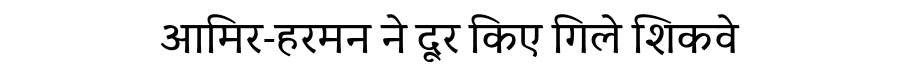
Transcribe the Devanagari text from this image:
आमिर-हरमन ने दूर किए गिले शिकवे